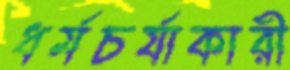
ধর্মচর্যাকারী